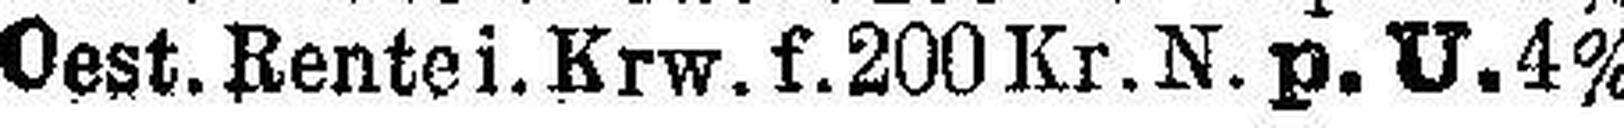
Oest. Rente i. Krw. f. 200 Kr. N. p. U. 4%